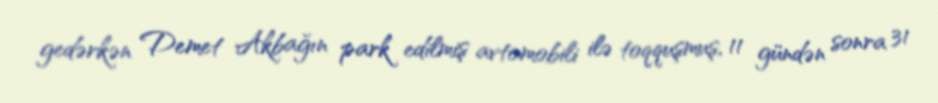
gedərkən Demet Akbağın park edilmiş avtomobili ilə toqquşmuş, 11 gündən sonra 31